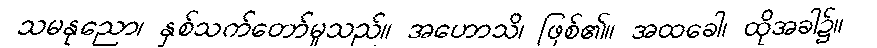
သမနုညော၊ နှစ်သက်တော်မူသည်။ အဟောသိ၊ ဖြစ်၏။ အထခေါ၊ ထိုအခါ၌။